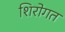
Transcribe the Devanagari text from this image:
शिरोगत